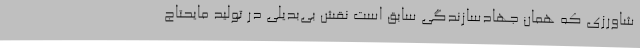
شاورزی که همان جهادسازندگی سابق است نقش بی‌بدیلی در تولید مایحتاج